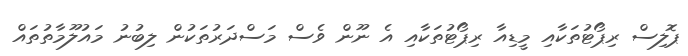
ޕޮލިސް ރިޕޯޓުތަކާއި މީޑިއާ ރިޕޯޓުތަކާއި އެ ނޫން ވެސް މަސްދަރުތަކުން ލިބުނު މައުލޫމާތުތައް